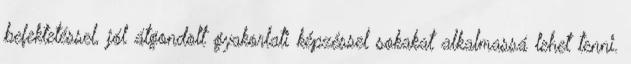
befektetéssel, jól átgondolt gyakorlati képzéssel sokakat alkalmassá lehet tenni.